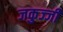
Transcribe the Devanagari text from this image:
जकुज्जी